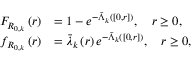
\begin{array} { r l } { F _ { R _ { 0 , k } } \left( r \right) } & { = 1 - e ^ { - \bar { \Lambda } _ { k } \left( \left[ 0 , r \right] \right) } , \quad r \ge 0 , } \\ { f _ { R _ { 0 , k } } \left( r \right) } & { = \bar { \lambda } _ { k } \left( r \right) e ^ { - \bar { \Lambda } _ { k } \left( \left[ 0 , r \right] \right) } , \quad r \ge 0 , } \end{array}